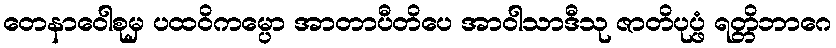
တေနာဝေါစုမှ ပထဝိကမ္ပော အာတာပီတိပေ အာဝါသာဒီသု ဇာတိပုပ္ဖံ ရတ္တိဘာဂေ